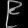
Digit: ၉